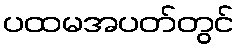
ပထမအပတ်တွင်